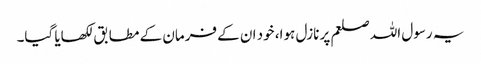
یہ رسول اللہ صلعم پر نازل ہوا، خود ان کے فرمان کے مطابق‌ لکھایا گیا۔